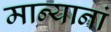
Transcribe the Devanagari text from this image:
मान्यानां